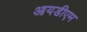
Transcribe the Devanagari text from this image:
आयडीएम